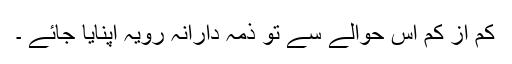
کم از کم اس حوالے سے تو ذمہ دارانہ رویہ اپنایا جائے ۔